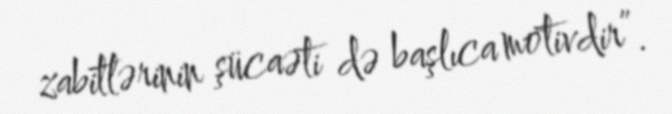
zabitlərinin şücaəti də başlıca motivdir”.